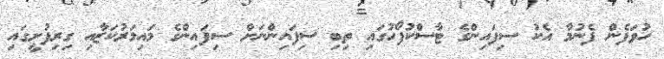
ހުވަފެން ފެނުމާ އެކު ސިފައިންގެ ޓާސްކުފޯހުގައި ތިބި ސިފައިންނަށް ސިފައިންގެ މައިމަރުކަޒާއި ގިރިފުށީގައި